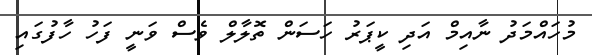
މުހައްމަދު ނާއިމް އަދި ކީޕަރު ހަސަން ތޮލާލް ވެސް ވަނީ ފަހު ހާފުގައި